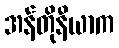
အန်တိုနီယာက